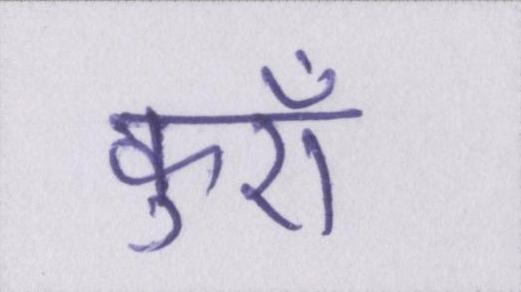
कुएँ